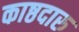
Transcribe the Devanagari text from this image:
काष्ठदारु